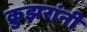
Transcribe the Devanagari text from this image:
क्रुझरांनी